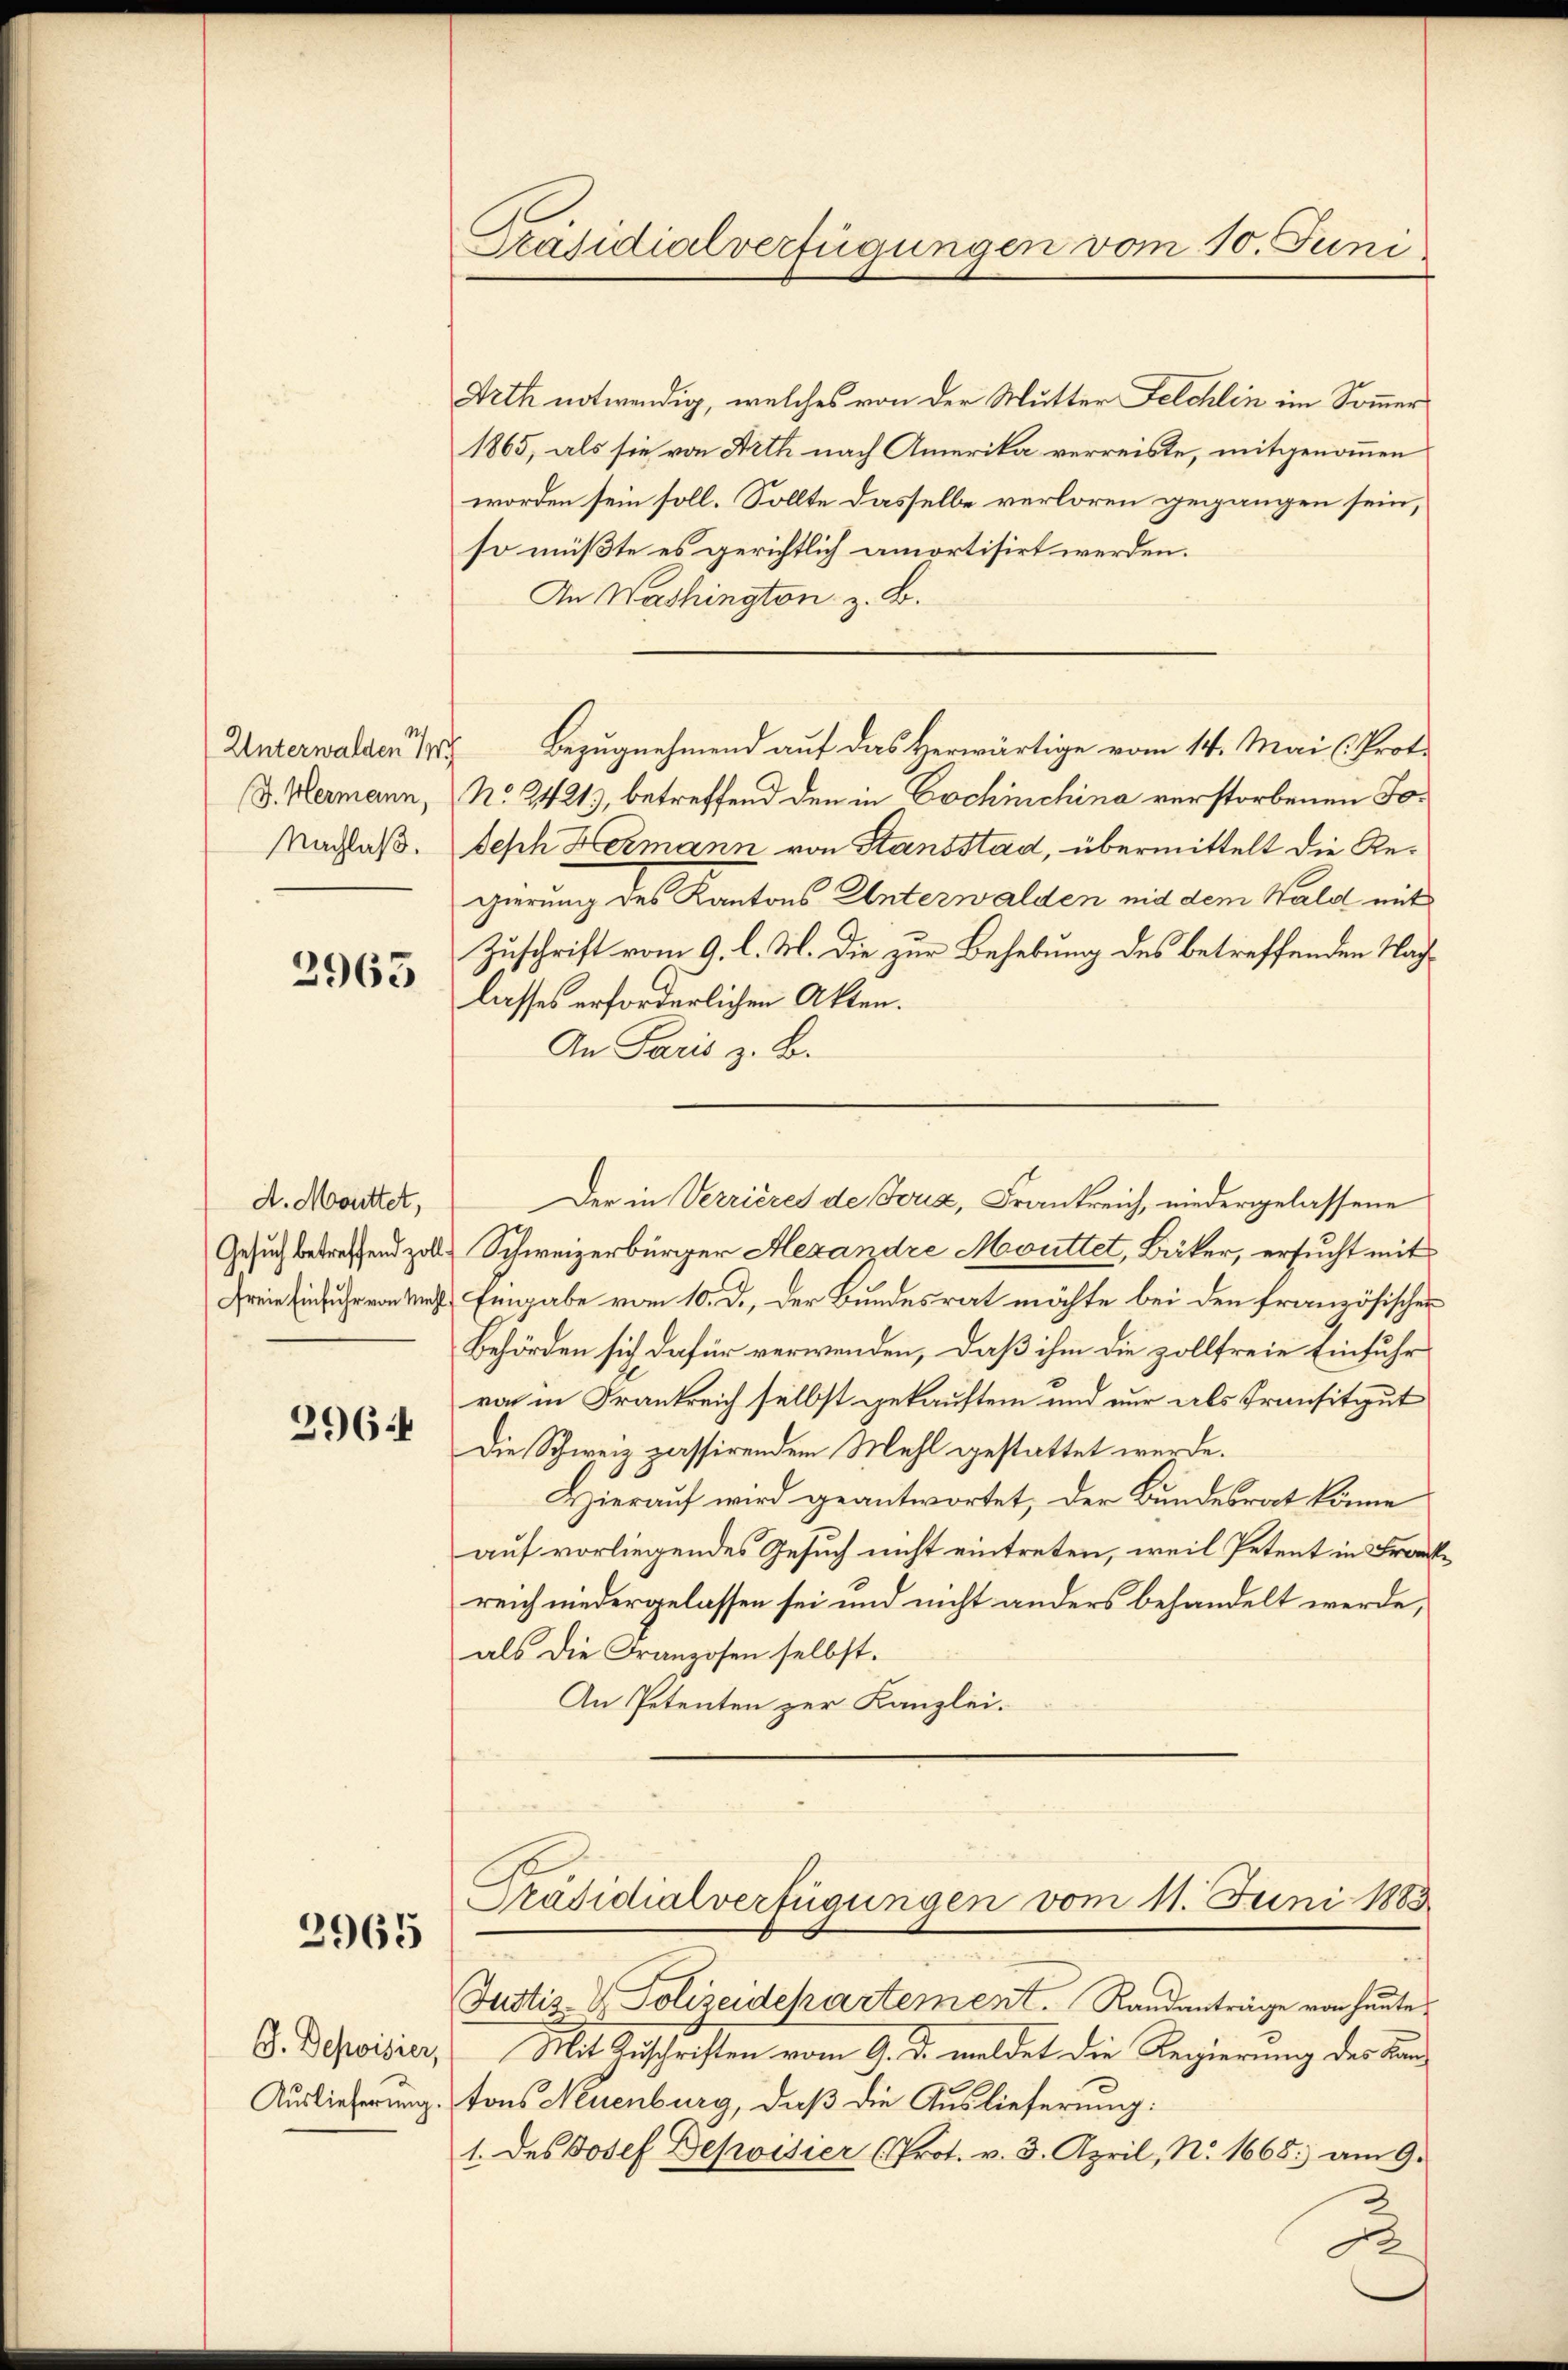
Unterwalden 1
Nachlaß.

2965

A. Mottet,

3964

2965

G. Depoisier,

Arth notwendig, welches von der Mutter Felchlin im Sommer
1865, als sie von Arth nach Amerika verreiste, mitgenommen
worden sein soll. Sollte dasselbe verloren gegangen sein,
so müßte es gerichtlich amortisirt werden.
An Washington z. B.
(d. Hermann, No. 2421), betreffend den in Cochinchina verstorbenen Jodesch Hermann von Stansstad, übermittelt die Regierung des Kantons Unterwalden mit dem Wald mit
Zuschrift vom 9. l. M. die zur Behebung des betreffenden Nachlasses erforderlichen Akten.
An Paris z. B.
Der in Verrieres de Joux, Frankreich, niedergelassene
Gesuch betreffend zoll Schweizerbürger Alexandre Mouttet, Bäker, ersucht mit
Freie Einfuhr von Mit Eingabe vom 10. d., der Bundesrat möchte bei den französischer
Behörden sich dafür verwenden, daß ihm die zollfreie Einfuhr
von in Frankreich selbst gekauftem und nur als Transitgut
Die Schweiz passirendem Mehl gestattet werde.
Hierauf wird geantwortet, der Bundesrat könne
auf vorliegendes Gesuch nicht eintreten, weil Petent in Frankreich niedergelassen sei und nicht anders behandelt werde,
als die Franzosen selbst.
An Petenten zur Kanzlei.

Präsidialverfügungen vom 10. Juni

Bezugnehmend auf das Herwärtige vom 14. Mai (Prot.

1
Präsidialverfügungen vom 11. Juni 1883.
Justiz- & Polizeidepartement. Randanträge von heute

Mit Zuschriften vom 9. d. meldet die Regierung des Kan¬
Auslieferung. tons Neuenburg, daß die Auslieferung:
1. des Josef Depoisier (Prot. v. 3. April, N. 1668. am Gr